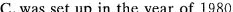
C. was set up in the year of 1980